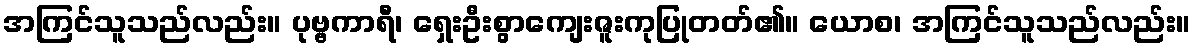
အကြင်သူသည်လည်း။ ပုဗ္ဗကာရီ၊ ရှေးဦးစွာကျေးဇူးကုပြုတတ်၏။ ယောစ၊ အကြင်သူသည်လည်း။